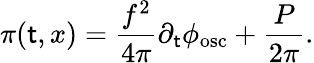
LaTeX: \pi(\mathsf{t},x)=\frac{{f^{2}}}{{4{\pi}}}{\partial}_{\mathsf{t}}{\phi}_{\mathrm{{{osc}}}}+\frac{{P}}{{2{\pi}}}.